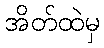
အိတ်ထဲမှ